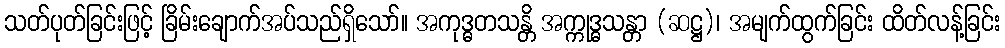
သတ်ပုတ်ခြင်းဖြင့် ခြိမ်းချောက်အပ်သည်ရှိသော်။ အကုဒ္ဓတသန္တိ အက္ကုဒ္ဓသန္တာ (ဆဋ္ဌ)၊ အမျက်ထွက်ခြင်း ထိတ်လန့်ခြင်း